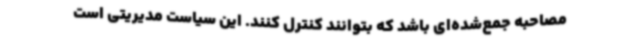
مصاحبه جمع‌شده‌ای باشد که بتوانند کنترل کنند. این سیاست مدیریتی است